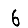
Digit: 6